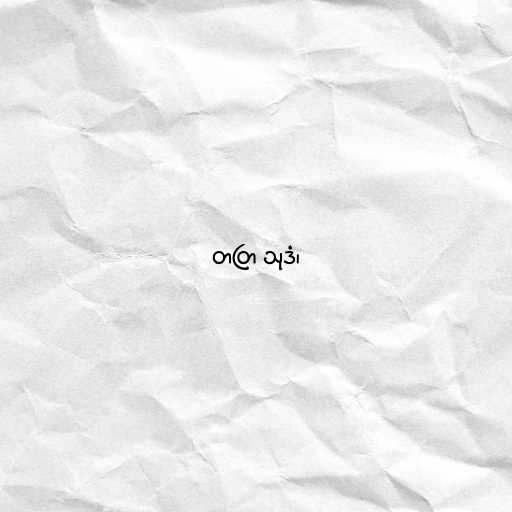
တတြ သုဒံ၊